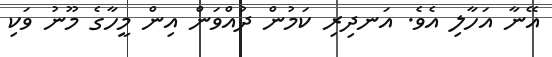
އޭނާ އަހާލި އެވެ. އަނދިރި ކަމުން ދުއްވަން އިން މީހާގެ މޫނު ވަކި